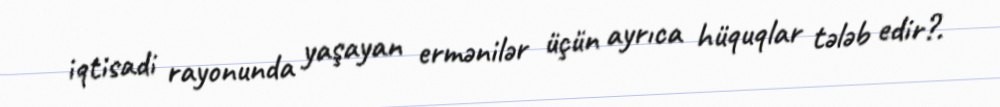
iqtisadi rayonunda yaşayan ermənilər üçün ayrıca hüquqlar tələb edir?.